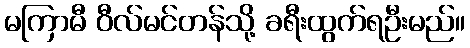
မကြာမီ ဝီလ်မင်တန်သို့ ခရီးထွက်ရဦးမည်။